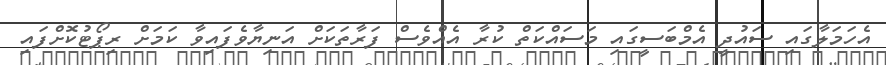
އެހަމަލާގައި ސައުދީ އެމްބަސީގައި މަސައްކަތް ކުރާ އެއްވެސް ފަރާތަކަށް އަނިޔާވެފައިވާ ކަމަށް ރިޕޯޓުކޮށްފައި